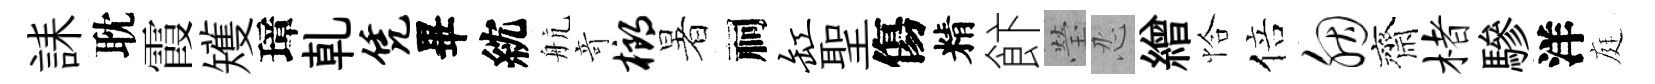
誄耽霞矱璋乹凭畢紞航竒榔暑祠缸聖傷精飰瑩忍繒恰倍胭齊楮驂洋庭